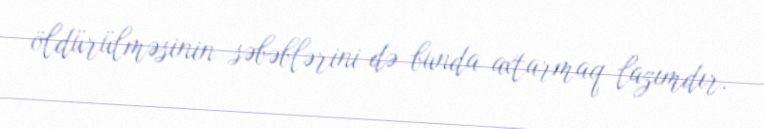
öldürülməsinin səbəblərini də bunda axtarmaq lazımdır.